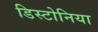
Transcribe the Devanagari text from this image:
डिस्टोनिया